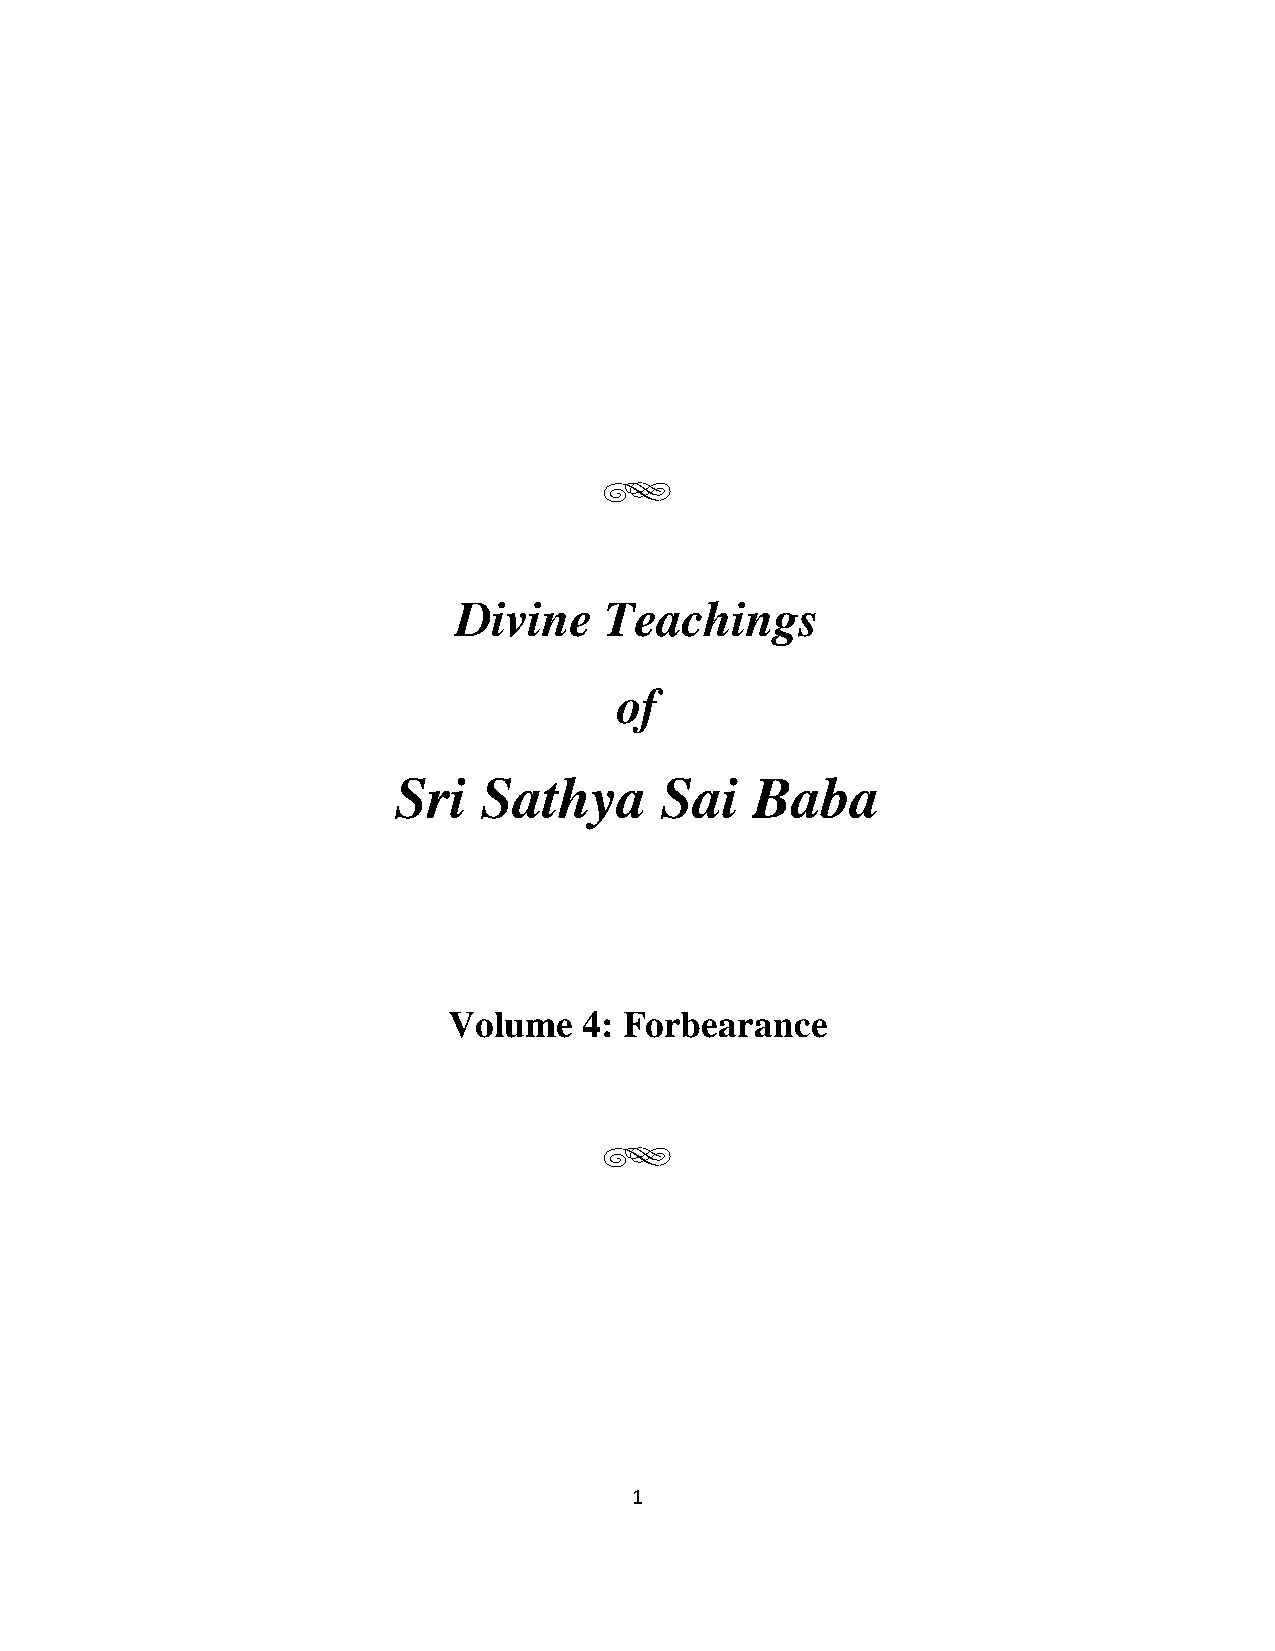
g
 Divine    Teachings
 of
 Sri   Sathya      Sai   Baba
 Volume   4: Forbearance
 g
 1